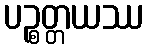
ပဉ္စတ္တယဿ